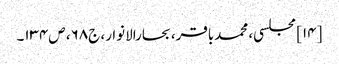
[۱۴] مجلسی، محمدباقر، بحارالانوار، ج۶۸، ص۱۳۴۔